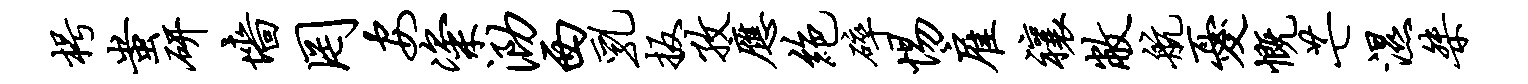
枵蚩研墙罔安粢泐西乳扳孜应绝碎惕雇禳敝航忧慨芒湿桀